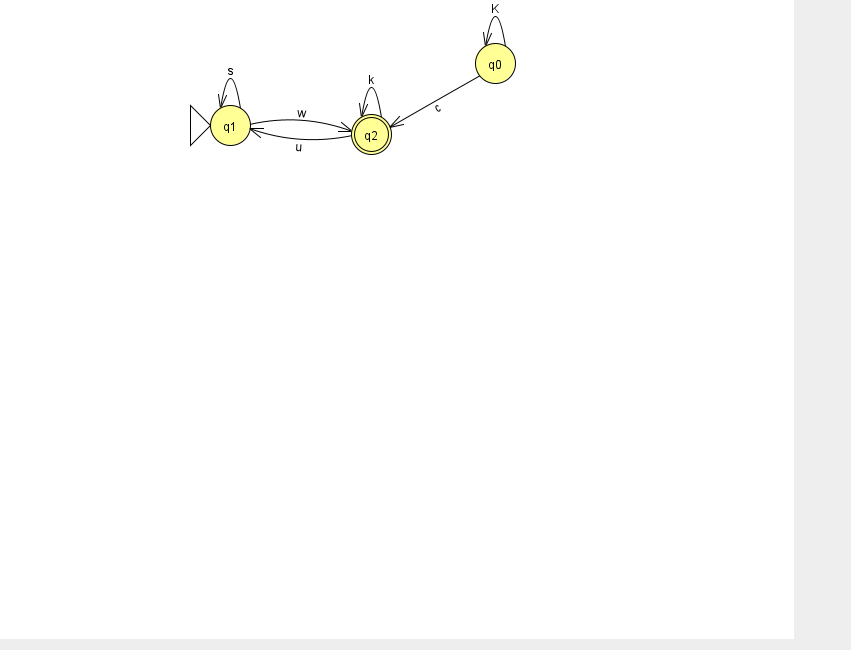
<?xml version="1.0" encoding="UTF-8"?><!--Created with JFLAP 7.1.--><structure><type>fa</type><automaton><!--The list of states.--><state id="0" name="q0"><x>495.0</x><y>50.0</y></state><state id="1" name="q1"><x>230.0</x><y>112.0</y><initial/></state><state id="2" name="q2"><x>371.0</x><y>121.0</y><final/></state><!--The list of transitions.--><transition><from>1</from><to>2</to><read>w</read></transition><transition><from>2</from><to>1</to><read>u</read></transition><transition><from>1</from><to>1</to><read>s</read></transition><transition><from>0</from><to>0</to><read>K</read></transition><transition><from>2</from><to>2</to><read>k</read></transition><transition><from>0</from><to>2</to><read>c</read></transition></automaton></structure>